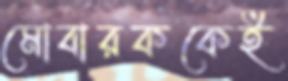
মোবারককেই